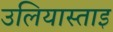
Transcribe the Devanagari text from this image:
उलियास्ताइ